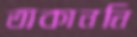
তাকাননি